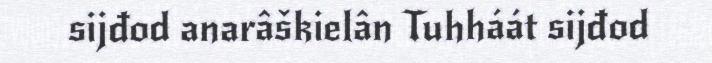
sijđod anarâškielân Tuhháát sijđod